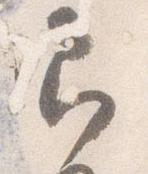
即